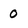
Character: 0